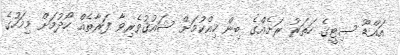
އައްޑޫ ސިޓީގެ ހަތަރު ރަށެއްގެ ބިން ހިއްކުމަށް ޝައުޤުވެރިވާ ފަރާތެއް ހޯދުމަށް މިމަހުގެ